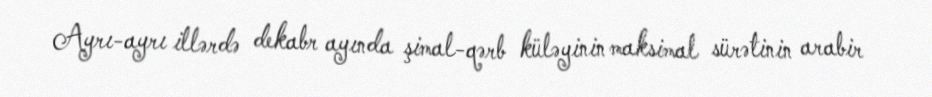
Ayrı-ayrı illərdə dekabr ayında şimal-qərb küləyinin maksimal sürətinin arabir